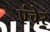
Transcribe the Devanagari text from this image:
एंचेर